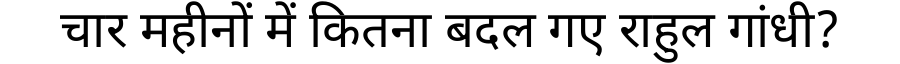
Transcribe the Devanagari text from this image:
चार महीनों में कितना बदल गए राहुल गांधी?